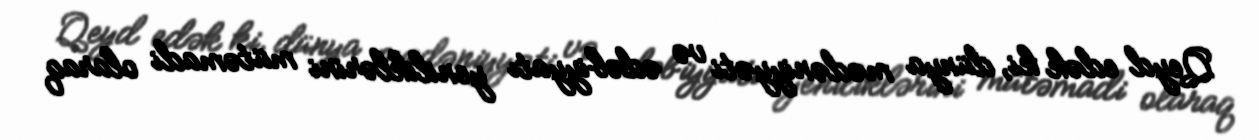
Qeyd edək ki, dünya mədəniyyəti və ədəbiyyatı yeniliklərini mütəmadi olaraq